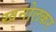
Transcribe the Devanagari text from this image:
खनोलकर